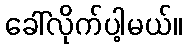
ခေါ်လိုက်ပါ့မယ်။